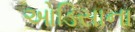
ઓડિસાના